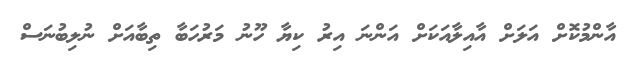
އާންމުކޮށް އަލަށް އާއިލާއަކަށް އަންނަ އިރު ކިޔާ ހޫނު މަރުހަބާ ތިބާއަށް ނުލިބުނަސް